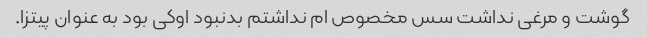
گوشت و مرغی نداشت سس مخصوص ام نداشتم بدنبود اوکی بود به عنوان پیتزا.